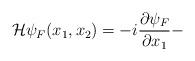
LaTeX: \begin{align*}{\cal H}\psi _F(x_1,x_2)=-i\frac{\partial \psi _F}{\partial x_1}-\end{align*}